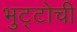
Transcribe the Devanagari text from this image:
भुट्टोची